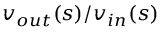
v _ { o u t } ( s ) / v _ { i n } ( s )